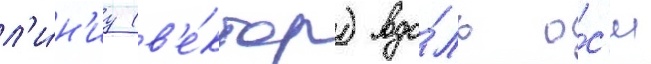
л'и́н'иу (в'е́ктор) вдо́ль о́с'и